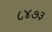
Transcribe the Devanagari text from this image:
८४७३